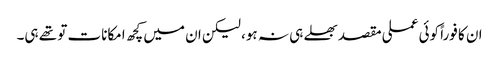
ان کا فوراً کوئی عملی مقصد بھلے ہی نہ ہو، لیکن ان میں کچھ امکانات تو تھے ہی۔